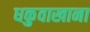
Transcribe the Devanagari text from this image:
धकुवाखाना